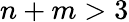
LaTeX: n+m>3